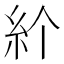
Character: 𥾓